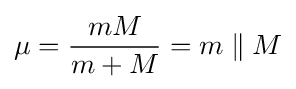
\mu ={\frac {mM}{m+M}}=m\parallel M